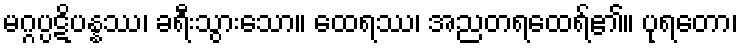
မဂ္ဂပ္ပဋိပန္နဿ၊ ခရီးသွားသော။ ထေရဿ၊ အညတရထေရ်၏။ ပုရတော၊